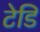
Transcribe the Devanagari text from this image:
टेडि